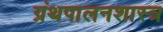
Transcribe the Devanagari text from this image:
ग्रंथपालनशास्त्र